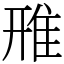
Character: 雃